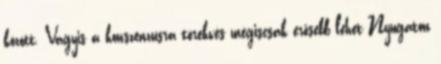
között. Vagyis a konszenzusra törekvés mégiscsak erősebb lehet Nyugaton